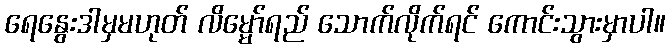
ရေနွေးဒါမှမဟုတ် လိမ္မော်ရည် သောက်လိုက်ရင် ကောင်းသွားမှာပါ။